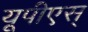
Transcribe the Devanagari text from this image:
यूपीएस्